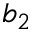
b _ { 2 }